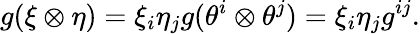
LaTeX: g(\xi\otimes\eta)=\xi_{i}\eta_{j}g(\theta^{i}\otimes\theta^{j})=\xi_{i}\eta_{j}g^{ij}.